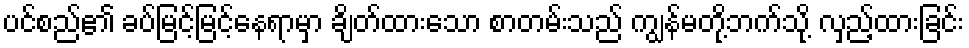
ပင်စည်၏ ခပ်မြင့်မြင့်နေရာမှာ ချိတ်ထားသော စာတမ်းသည် ကျွန်မတို့ဘက်သို့ လှည့်ထားခြင်း